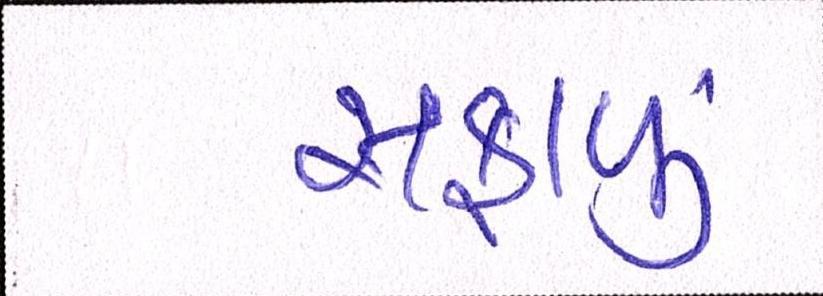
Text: સફાળું